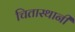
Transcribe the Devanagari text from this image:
चितास्थानी